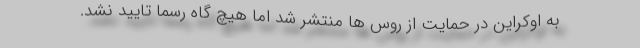
به اوکراین در حمایت از روس ها منتشر شد اما هیچ گاه رسما تایید نشد.